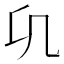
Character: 𭂪